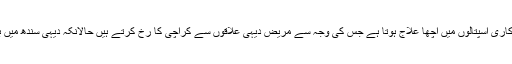
انھوں نے کہا کہ عوام میں ایک رجحان پایا جاتا ہے کہ کراچی کے سرکاری اسپتالوں میں اچھا علاج ہوتا ہے جس کی وجہ سے مریض دیہی علاقوں سے کراچی کا رْخ کرتے ہیں حالانکہ دیہی سندھ میں بھی ٹراما سینٹرز اور ایس آئی یو ٹی کے یونٹس بہترین کام کررہے ہیں۔